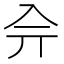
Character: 𠓡